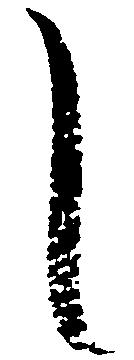
し